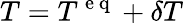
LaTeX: T=T^{\mathrm{~e~q~}}+\delta T